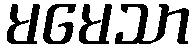
မမေသာ